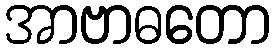
အာဗာဓတော